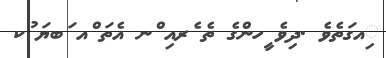
ިއގަތެވެ .ދިވެ ީހންގެ ތެ ެރއި ްނ އެތަ ްއ ަބޔަ ުކ